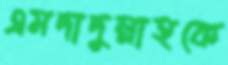
এমদাদুল্লাহকে